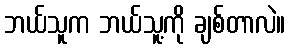
ဘယ်သူက ဘယ်သူ့ကို ချစ်တာလဲ။